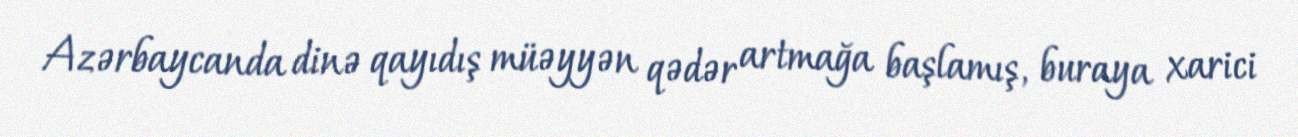
Azərbaycanda dinə qayıdış müəyyən qədər artmağa başlamış, buraya xarici